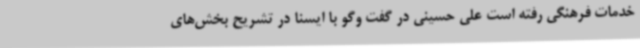
خدمات فرهنگی رفته است علی حسینی در گفت وگو با ایسنا در تشریح بخش‌های